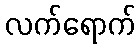
လက်ရောက်